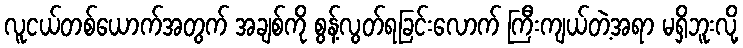
လူငယ်တစ်ယောက်အတွက် အချစ်ကို စွန့်လွတ်ရခြင်းလောက် ကြီးကျယ်တဲ့အရာ မရှိဘူးလို့